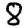
Digit: 8